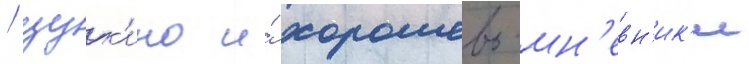
/ щук'ино и́ хорошево-мн'евн'ик'и